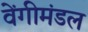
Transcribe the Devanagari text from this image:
वेंगीमंडल